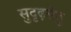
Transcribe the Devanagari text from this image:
सुदृढ़सेतु